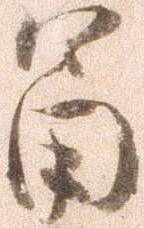
富